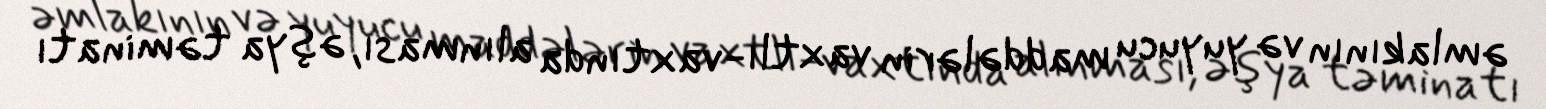
əmlakının və yuyucu maddələrin vaxtlı-vaxtında alınması, əşya təminatı